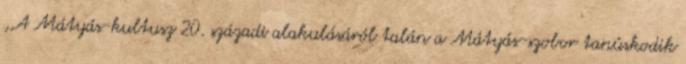
,,A Mátyás-kultusz 20. századi alakulásáról talán a Mátyás-szobor tanúskodik